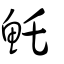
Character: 魠